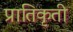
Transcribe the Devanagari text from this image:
प्रातिकृती